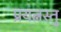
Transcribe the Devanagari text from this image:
प्रयत्नस्तु